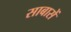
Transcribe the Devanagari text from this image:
साबासें